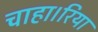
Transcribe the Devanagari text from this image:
चाहा।रिया